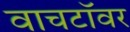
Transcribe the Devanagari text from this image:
वाचटॉवर